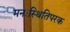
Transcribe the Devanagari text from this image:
मनःस्थितिपरक